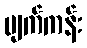
မျက်ကန်း